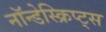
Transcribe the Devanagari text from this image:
नॉन्डेस्क्रिप्ट्स